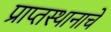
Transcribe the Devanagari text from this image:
प्राप्तस्थानाचे